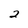
Character: 2